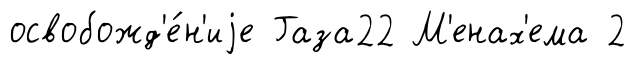
освобожд'е́н'иjе Газа22 М'енах'ема 2